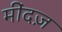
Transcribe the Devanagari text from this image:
मींदज़